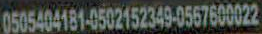
0505404181-0502152349-0567600022